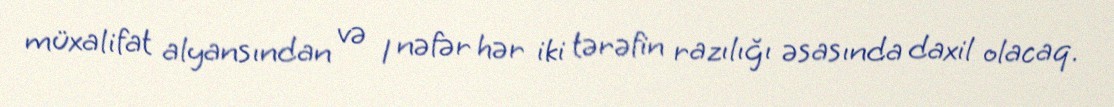
müxalifat alyansından və 1 nəfər hər iki tərəfin razılığı əsasında daxil olacaq.